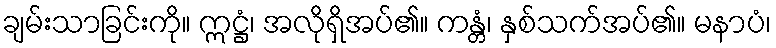
ချမ်းသာခြင်းကို။ ဣဋ္ဌံ၊ အလိုရှိအပ်၏။ ကန္တံ၊ နှစ်သက်အပ်၏။ မနာပံ၊